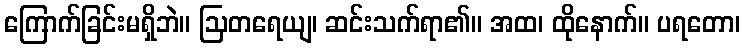
ကြောက်ခြင်းမရှိဘဲ။ ဩတရေယျ၊ ဆင်းသက်ရာ၏။ အထ၊ ထိုနောက်။ ပရတော၊